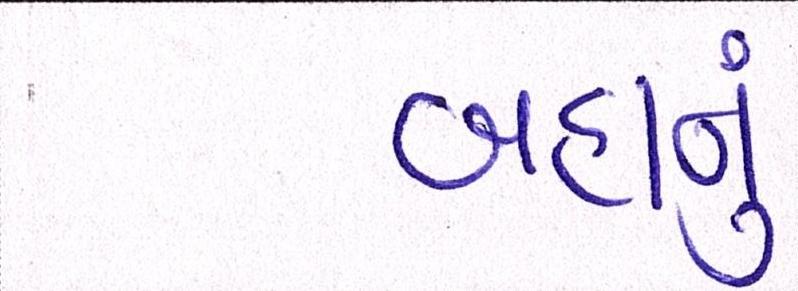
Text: બહાનું